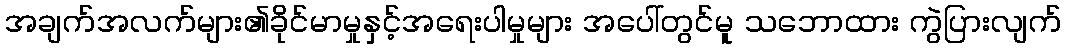
အချက်အလက်များ၏ခိုင်မာမှုနှင့်အရေးပါမှုများ အပေါ်တွင်မူ သဘောထား ကွဲပြားလျက်